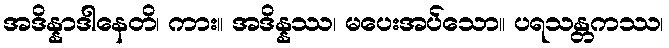
အဒိန္နာဒါနေတိ၊ ကား။ အဒိန္နဿ၊ မပေးအပ်သော။ ပရသန္တကဿ၊